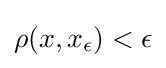
\rho (x,x_{\epsilon })<\epsilon